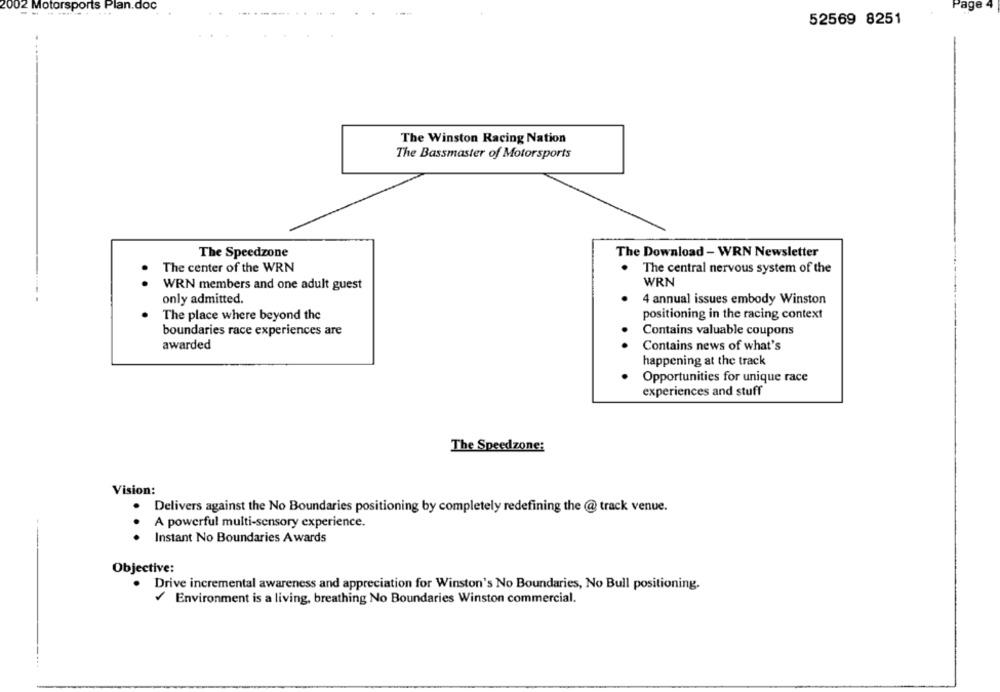
2002 Motorsports Plan.doc
Page
52569 8251
The Winston Racing Nation
The Bassmaster of Motorsports
The Speedzone
The Download - WRN Newsletter
The center of the WRN
The central nervous system of the
WRN
..
WRN members and one adult guest
only admitted.
4 annual issues embody Winston
The place where beyond the
positioning in the racing context
boundaries race experiences are
Contains valuable coupons
awarded
Contains news of what's
happening at the track
Opportunities for unique race
experiences and stuff
The Speedzone:
Vision:
Delivers against the No Boundaries positioning by completely redefining the @ track venue.
A powerful multi-sensory experience.
.
Instant No Boundaries Awards
Objective:
Drive incremental awareness and appreciation for Winston's No Boundaries, No Bull positioning.
Environment is a living, breathing No Boundaries Winston commercial.